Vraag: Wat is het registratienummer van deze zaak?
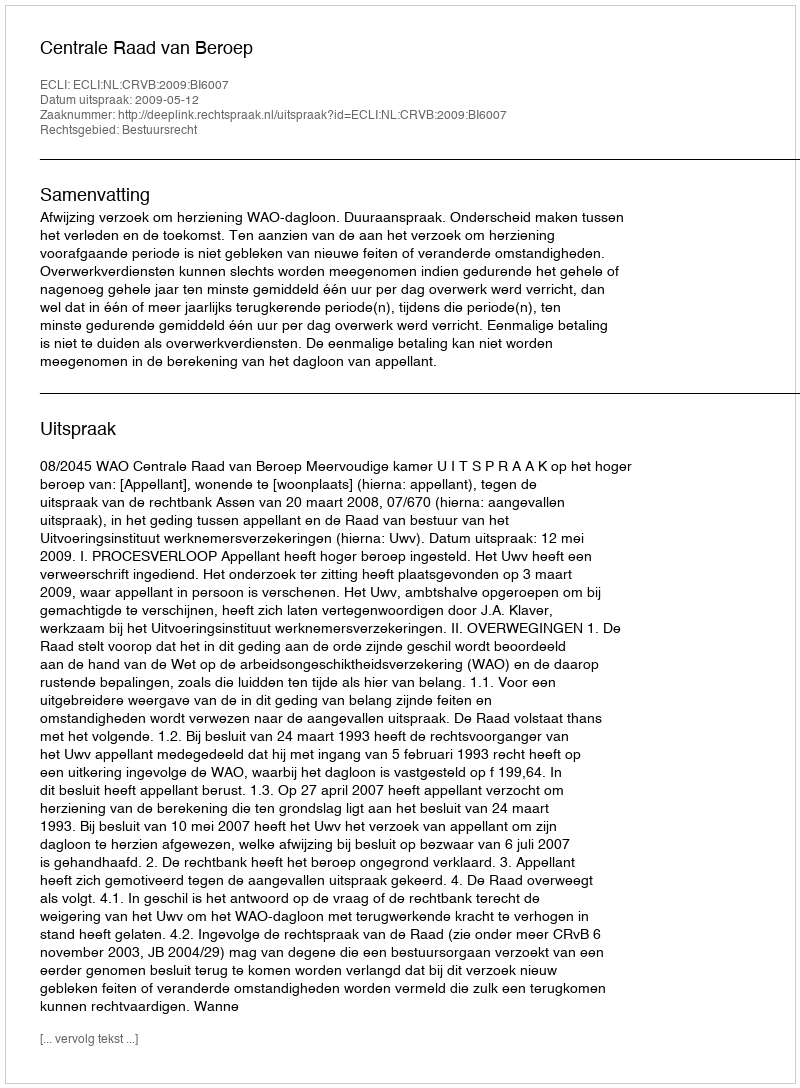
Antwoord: http://deeplink.rechtspraak.nl/uitspraak?id=ECLI:NL:CRVB:2009:BI6007